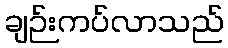
ချဉ်းကပ်လာသည်